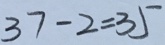
3 7 - 2 = 3 5